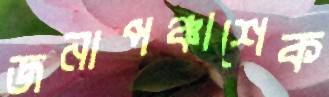
জনাপঞ্চাশেক